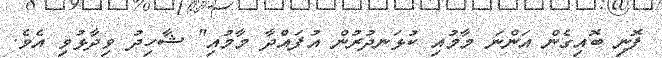
ފޮނި ބޮއިގެން އަންނަ މާމުއި ކުޅަނދުރުން އުފައްދާ މާމުއި" ޝާހިދު ވިދާޅުވި އެވެ.